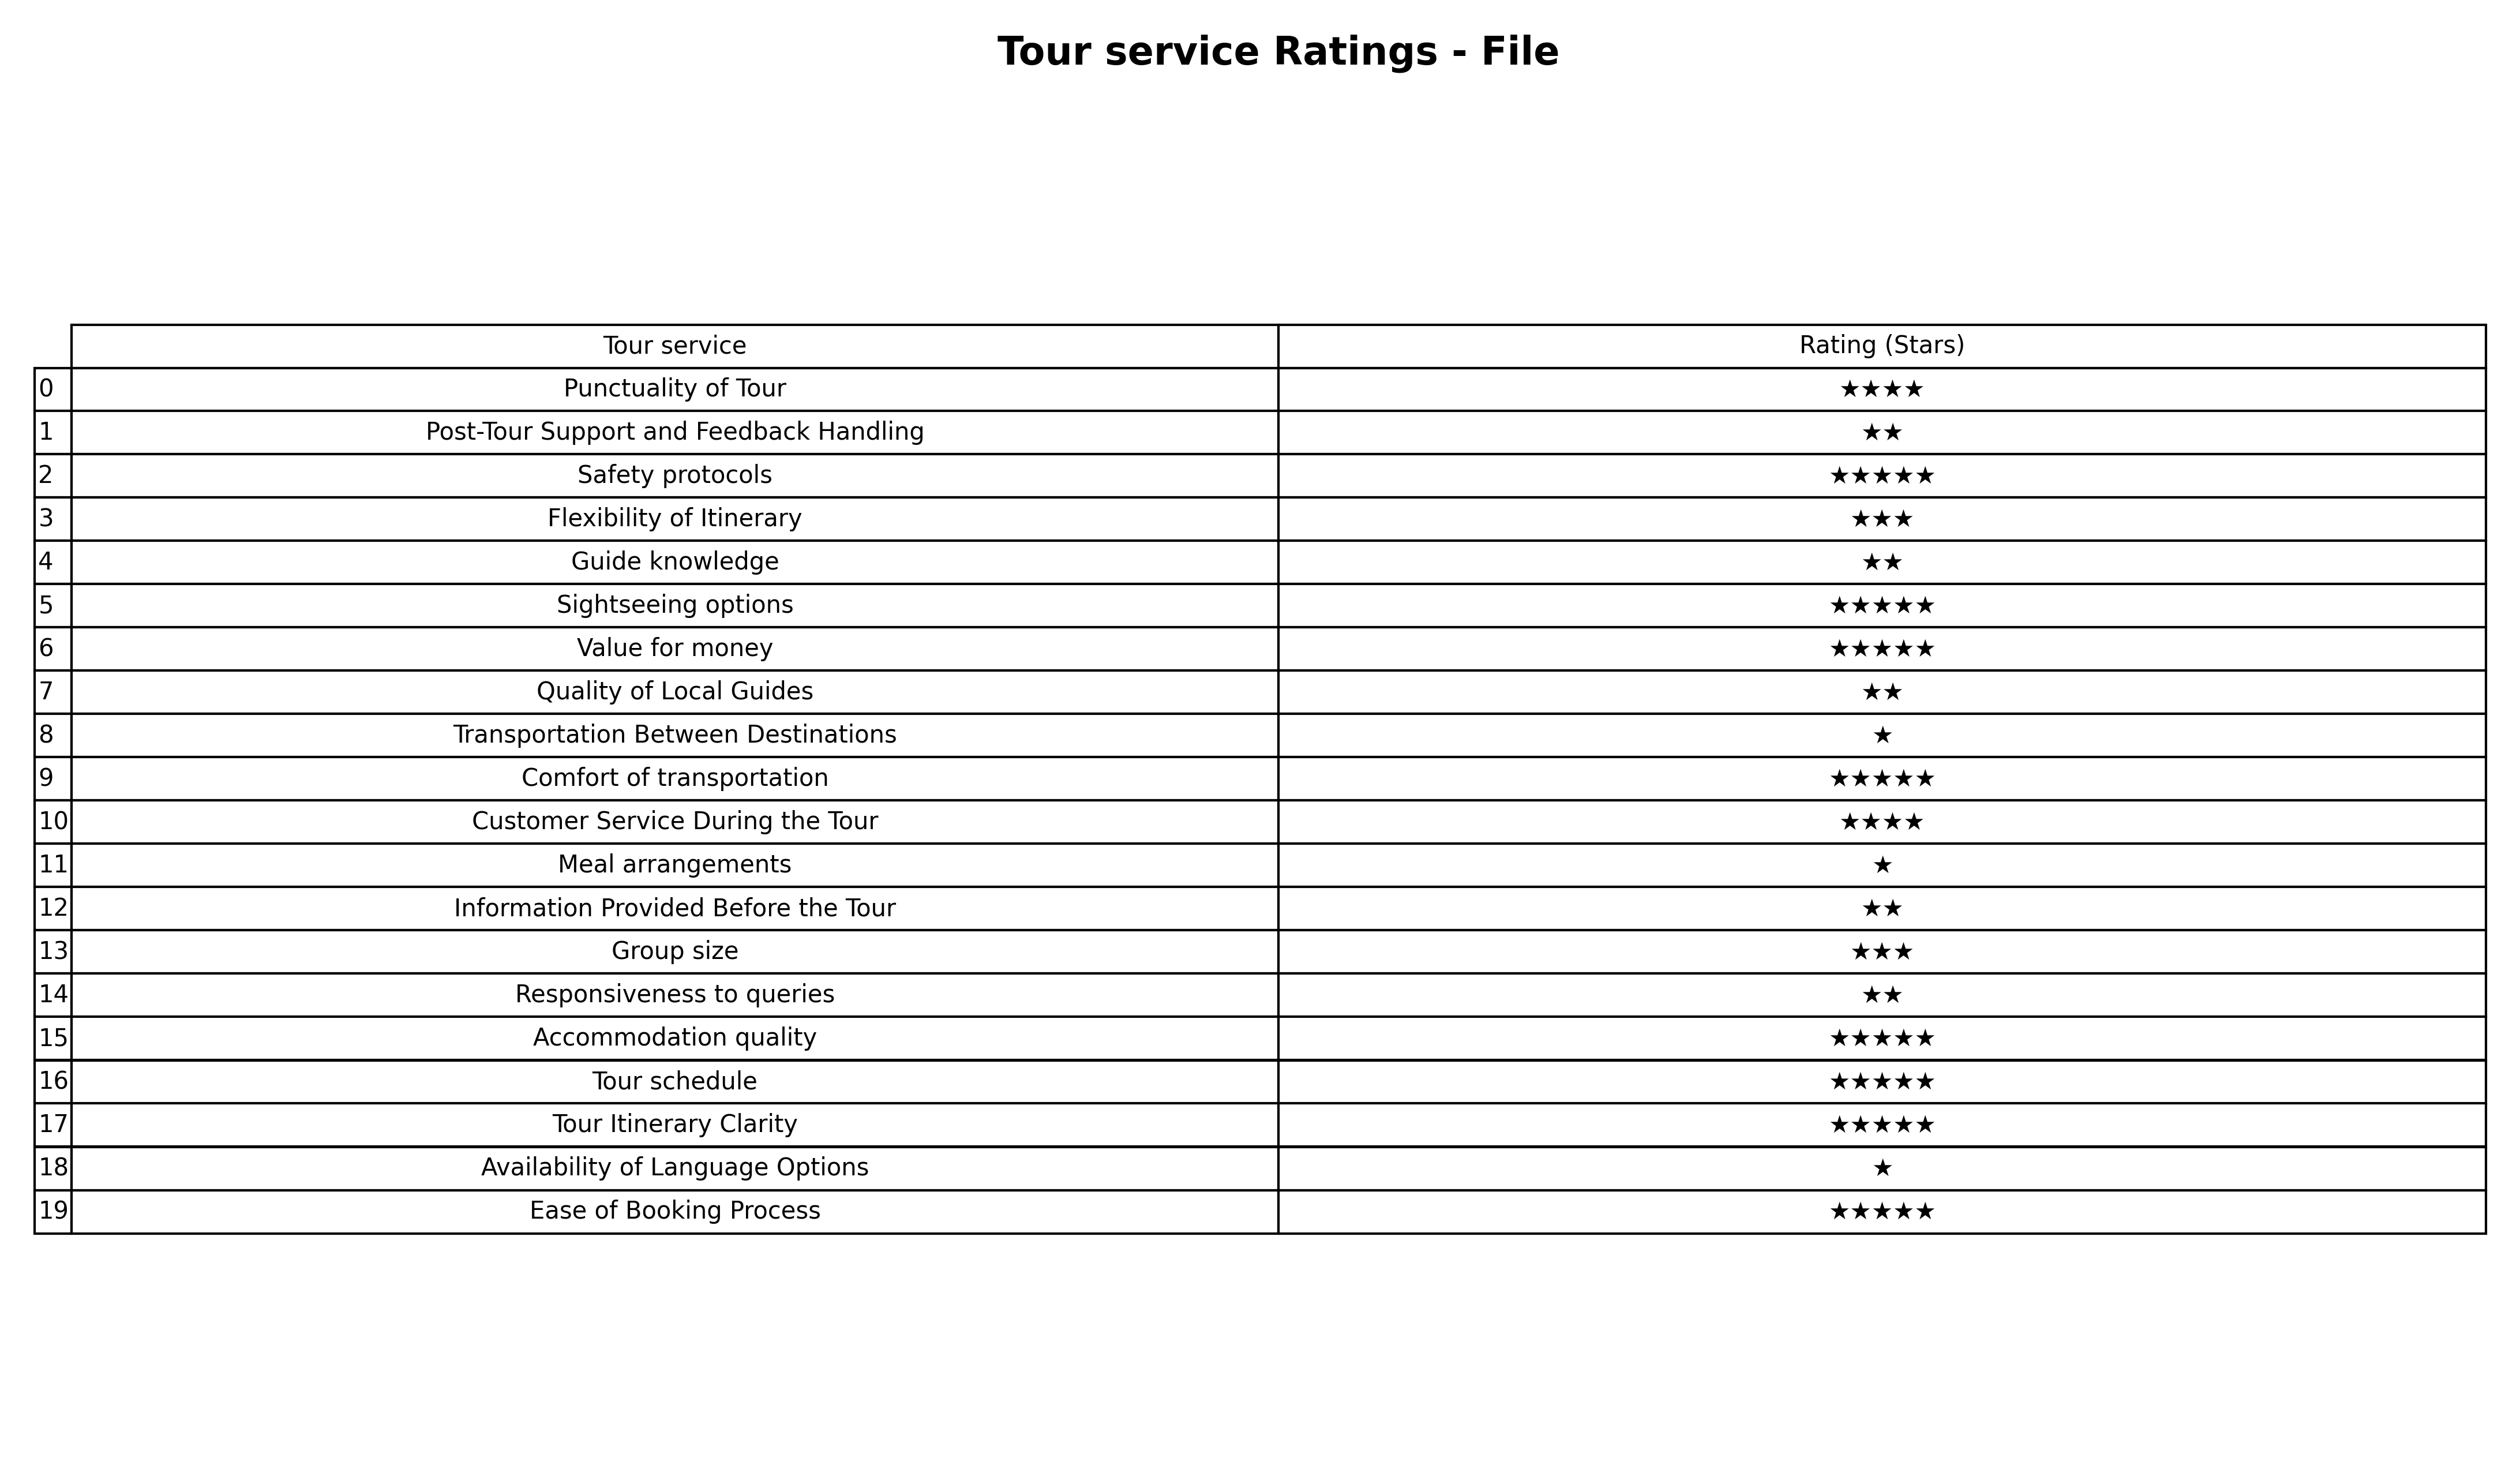
question: What are two star services?
answer: Post-Tour Support and Feedback HandlingGuide knowledgeQuality of Local GuidesInformation Provided Before the TourResponsiveness to queries